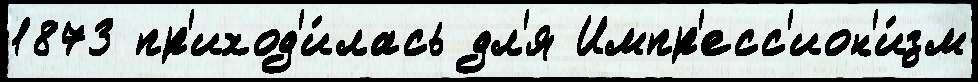
1873 пр'иход'и́лась дл'я Импр'есс'ион'и́зм